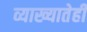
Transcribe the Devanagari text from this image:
व्याख्यातेही